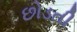
છોડતી